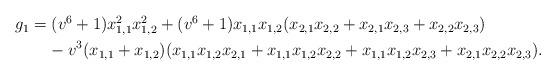
LaTeX: \begin{align*}\begin{aligned} & g_{1}=(v^{6}+1)x_{1,1}^{2}x_{1,2}^{2}+(v^{6}+1)x_{1,1}x_{1,2}(x_{2,1}x_{2,2}+x_{2,1}x_{2,3}+x_{2,2}x_{2,3})\\ & \ \ \ \ \ \ -v^{3}(x_{1,1}+x_{1,2})(x_{1,1}x_{1,2}x_{2,1}+x_{1,1}x_{1,2}x_{2,2}+x_{1,1}x_{1,2}x_{2,3}+x_{2,1}x_{2,2}x_{2,3}).\end{aligned}\end{align*}